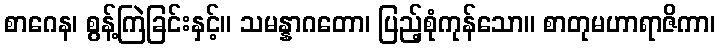
စာဂေန၊ စွန့်ကြဲခြင်းနှင့်။ သမန္နာဂတော၊ ပြည့်စုံကုန်သော။ စာတုမဟာရာဇိကာ၊